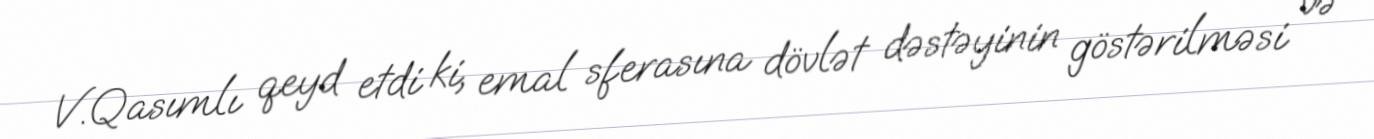
V.Qasımlı qeyd etdi ki, emal sferasına dövlət dəstəyinin göstərilməsi və